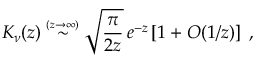
K _ { \nu } ( z ) \stackrel { \scriptscriptstyle ( z \rightarrow \infty ) } { \sim } \sqrt { \frac { \pi } { 2 z } } \, e ^ { - z } \left[ 1 + O ( 1 / z ) \right] \; ,